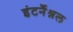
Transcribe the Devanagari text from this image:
इंटर्नैश्नल